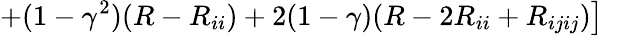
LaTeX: \left.+(1-\gamma^{2})(R-R_{ii})+2(1-\gamma)(R-2R_{ii}+R_{ijij})\right]~~~